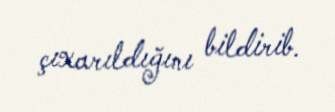
çıxarıldığını bildirib.